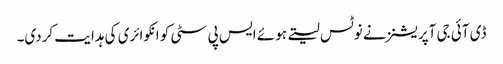
ڈی آئی جی آپریشنز نے نوٹس لیتے ہوئے ایس پی سٹی کو انکوائری کی ہدایت کردی۔